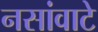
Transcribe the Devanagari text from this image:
नसांवाटे